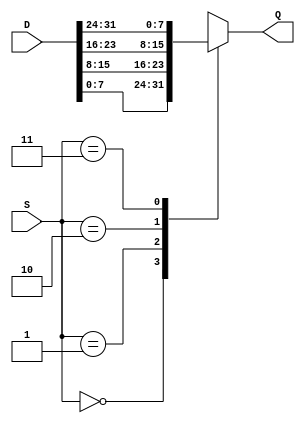
`ifndef __MULTIPLEX__
`define __MULTIPLEX__

module Multiplex #(
	parameter Width = 8,
	parameter AddressSize = 2
) (
	input [(Width*(2**AddressSize))-1:0]D,
	input [AddressSize-1:0]S,
	output [Width-1:0]Q
);

	wire [Width-1:0]value[2**AddressSize-1:0];

	genvar i;
	generate
		for(i=0;i<2**AddressSize;i=i+1)
		begin:_assign
			assign value[i] = D[i*Width+Width-1:i*Width];
		end
	endgenerate

	assign Q = value[S];

endmodule


`endif